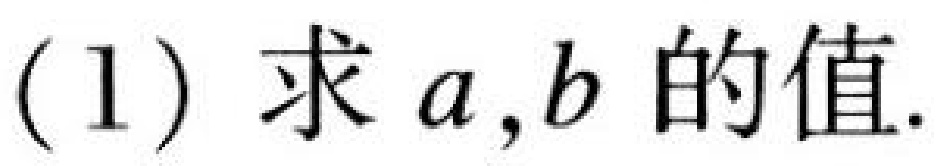
(1) 求 \(a,b\) 的值.